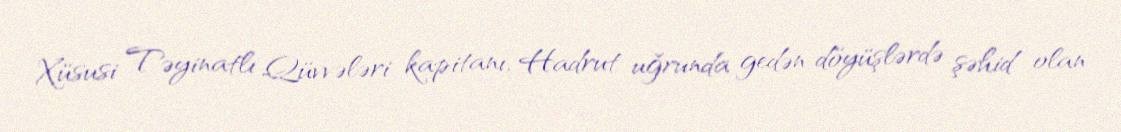
Xüsusi Təyinatlı Qüvvələri kapitanı, Hadrut uğrunda gedən döyüşlərdə şəhid olan